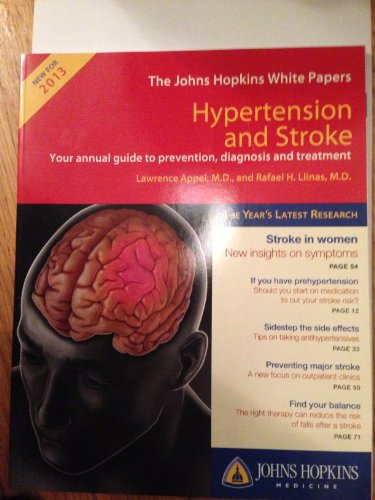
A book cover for Hypertension and Stroke: Your Annual Guide to Prevention, Diagnosis and Treatment (The Johns Hopkins White Papers 2013); Lawrence Appel and Rafael H. Llinas; Health, Fitness & Dieting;